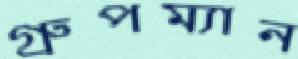
গ্রুপম্যান